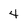
Character: 4